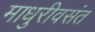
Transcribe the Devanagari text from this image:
माधुरीवसंत